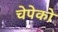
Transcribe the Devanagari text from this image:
चेपेको